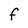
Character: F